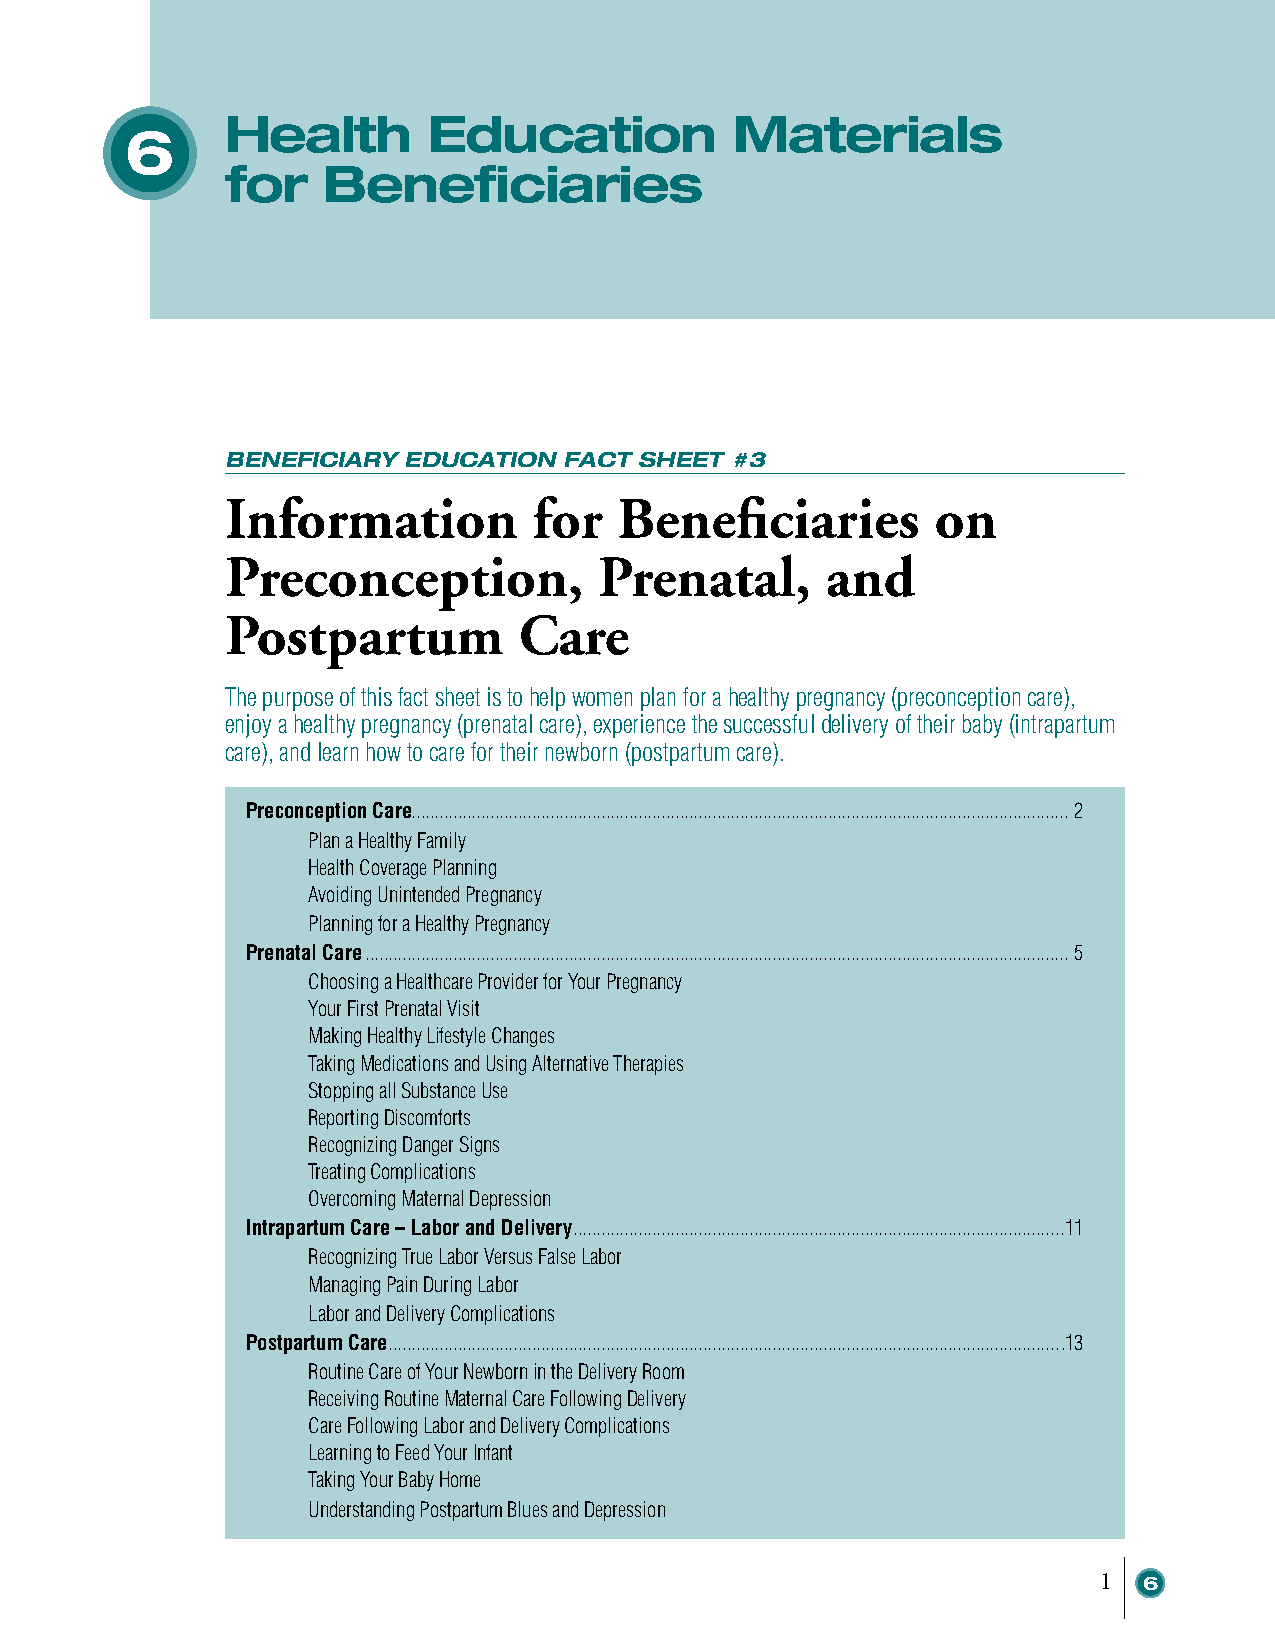
Health       Education            Materials
 6
 for   Beneficiaries
 BENEFICIARY EDUCATION FACT SHEET #3
 Information         for   Beneficiaries        on
 Preconception,           Prenatal,      and
 Postpartum         Care
 The purpose of this fact sheet is to help women plan for a healthy pregnancy (preconception care),
 enjoy a healthy pregnancy (prenatal care), experience the successful delivery of their baby (intrapartum
 care), and learn how to care for their newborn (postpartum care).
 Preconception Care .............................................................................................................................................. 2
 Plan a Healthy Family
 Health Coverage Planning
 Avoiding Unintended Pregnancy
 Planning for a Healthy Pregnancy
 Prenatal Care ........................................................................................................................................................ 5
 Choosing a Healthcare Provider for Your Pregnancy
 Your First Prenatal Visit
 Making Healthy Lifestyle Changes
 Taking Medications and Using Alternative Therapies
 Stopping all Substance Use
 Reporting Discomforts
 Recognizing Danger Signs
 Treating Complications
 Overcoming Maternal Depression
 Intrapartum Care – Labor and Delivery ..........................................................................................................11
 Recognizing True Labor Versus False Labor
 Managing Pain During Labor
 Labor and Delivery Complications
 Postpartum Care ..................................................................................................................................................13
 Routine Care of Your Newborn in the Delivery Room
 Receiving Routine Maternal Care Following Delivery
 Care Following Labor and Delivery Complications
 Learning to Feed Your Infant
 Taking Your Baby Home
 Understanding Postpartum Blues and Depression
 1  6